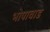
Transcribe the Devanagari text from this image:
भोपावाड